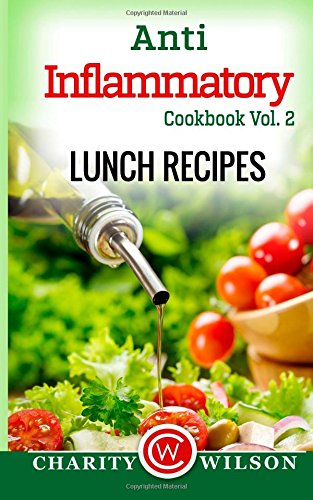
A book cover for Anti-Inflammatory Cookbook: Vol. 2 Lunch Recipes; Charity Wilson; Cookbooks, Food & Wine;